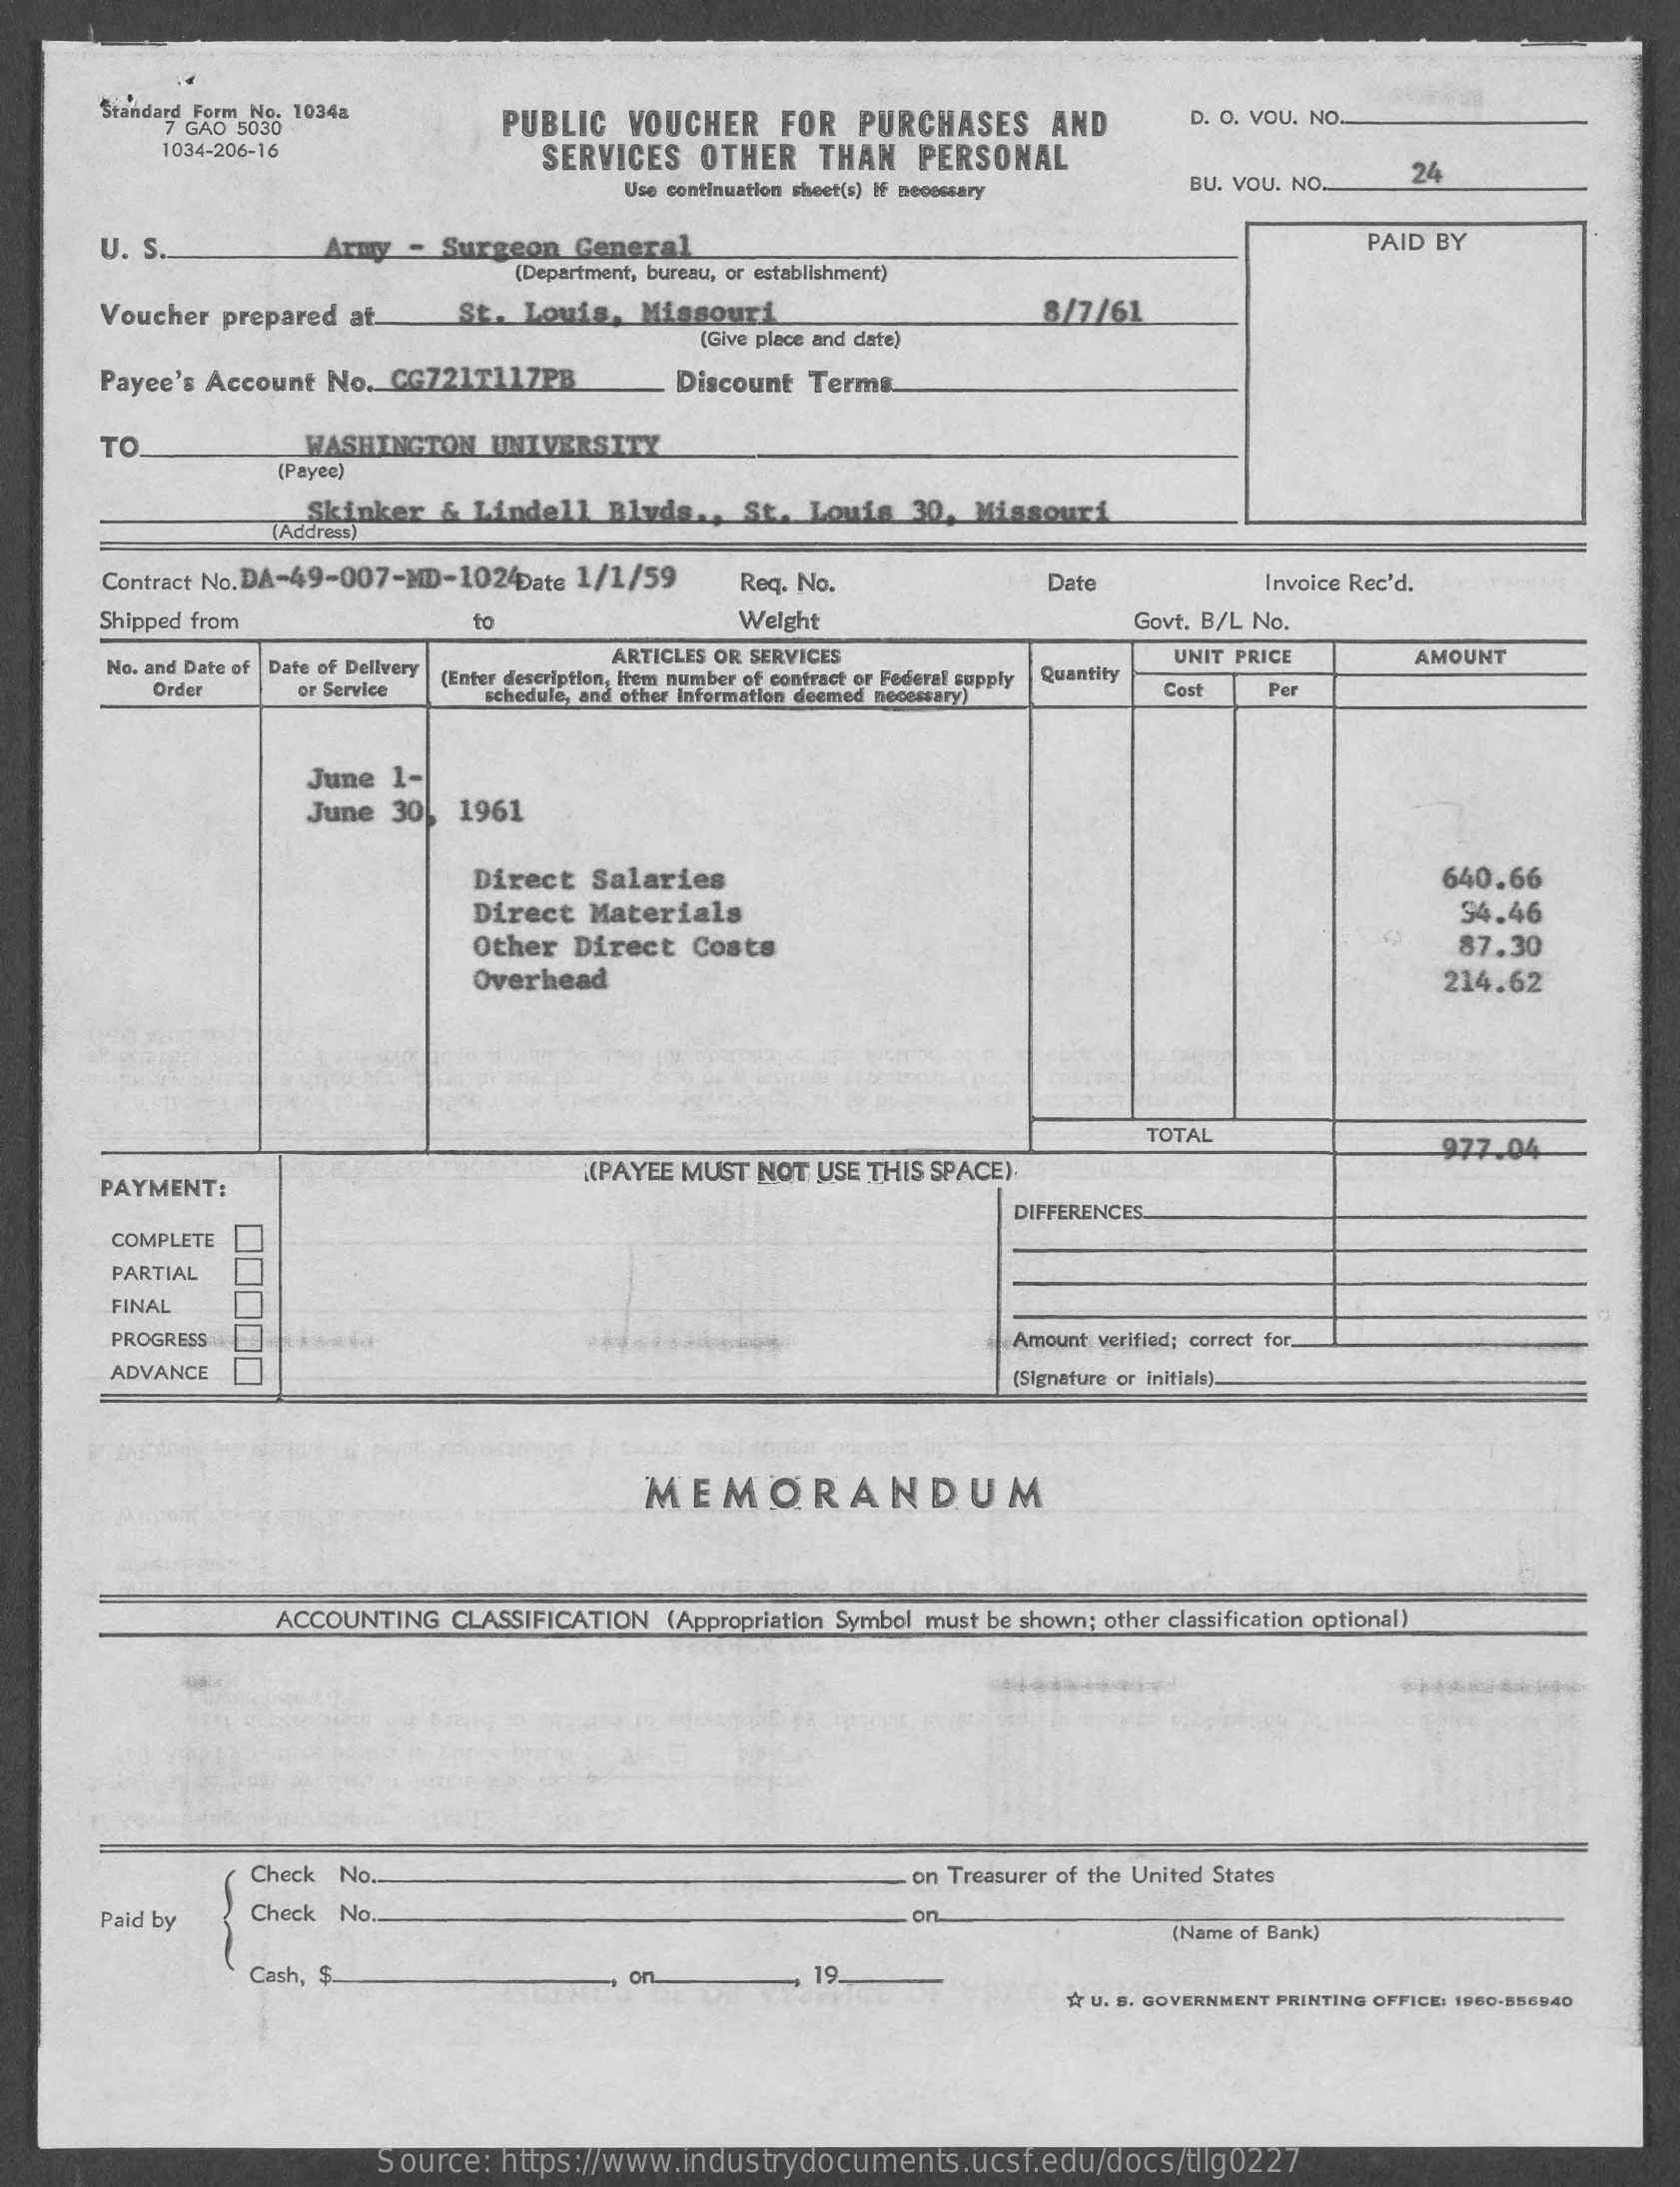
Standard Form No. 10348
     7 GAO 5030    PUBLIC   VOUCHER    FOR   PURCHASES    AND    D. O. VOU. NO.
     1034-206-16    SERVICES   OTHER    THAN   PERSONAL
     Use continuation sheet(s) If necessary   BU. VOU. NO.
     24
     U.  S.    Army  -  Surgeon   General    PAID BY
     (Department, bureau, or establishment)
     Voucher prepared  at.    St.  Louis,   Missouri    8/7/61
     (Give place and date)
     Payee's Account No.  CG721T11ZPB    Discount Terms
     TO    WASHINGTON   UNIVERSITY
     (Payee)
     Skinker   & Lindell   Blvds  ., St.  Louis   30, Missouri
     Address)
     Contract No. DA-49-007-MD-1024ate  1/1/59    Req. No.    Date    Invoice Rec'd.
     Shipped from    to    Weight    Govt. B/L No.
     No. and Date of | Date of Delivery
     ARTICLES OR SERVICES
     (Enter description, Item number of contract or Federal supply Quantity
     UNIT PRICE    AMOUNT
     Order    or Service    schedule, and other Information deemed necessary) Cost    Per
     June  1-
     June  30,  1961
     Direct   Salaries    640.66
     Direct  Materials    94.46
     Other Direct   Costs    87.30
     Overhead    214.62
     TOTAL
     977.04
     PAYMENT:
     [(PAYEE MUST NOT  USE THIS SPACE)
     DIFFERENCES.
     COMPLETE
     PARTIAL
     FINAL
     PROGRESS    Amount verified; correct for.
     ADVANCE    (Signature or initials).
     MEMORANDUM
     ACCOUNTING  CLASSIFICATION  (Appropriation Symbol must be shown; other classification optional)
     Check No.    on Treasurer of the United States
     Paid by    Check  No.    on
     (Name of Bank)
     Cash, $.    on    19.
     fr U. S. GOVERNMENT PRINTING OFFICE: 1960-556940
     Source:  https://www.industrydocuments.ucsf.edu/docs/tllg0227